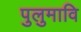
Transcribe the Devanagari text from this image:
पुलुमावि